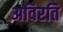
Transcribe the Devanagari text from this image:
अविरति